Vaccination in Bombay 1874-1876 - 1874-1876
Year: 1874
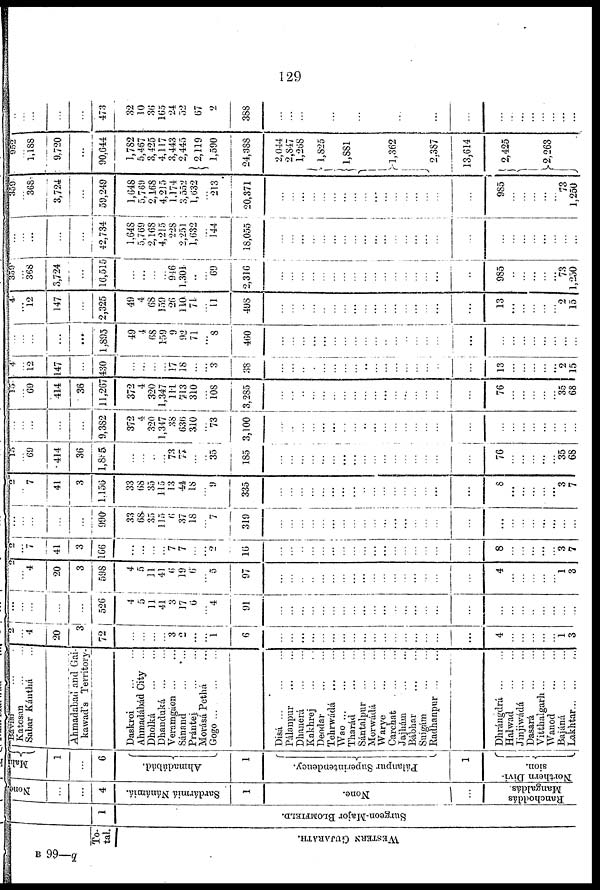
129
To-
tal.
WESTERN GUJARATH.
1
Surgeon-Major BLOMFIELD.
None
...
...
4
Sardármiá Nánámiá.
1
None.
...
Ranchoddás
Mangaldás.
Malu
1
...
6
Ahmadabád.
1
Pálanpur Superintendency.
1
Northern Divi-
sion.
Bávisr
...
...
Katosan ... ...
Sabar Kánthá
Ahmadabad and Gai-
kawad's Territory-
Daskroi ... ...
Ahmadábád City ...
Dholká
...
...
Dhanduká
...
...
Veramgáon ... ...
Sánand
...
...
Prántej
...
...
Morásá Pethá ...
Gogo
...
...
...
Disá
...
...
...
Pálanpur
...
...
Dhanerá
...
...
Kakhrej
...
...
Deodar
...
...
Tehrwádá
...
...
Wao
...
...
...
Tharád
...
...
Sántalpur
...
...
Morwádá ... ...
Warye ... ...
Carchat ... ...
Jajhám ... ...
Bábhar
...
...
Suigám
...
...
Radhanpur
...
...
Dhrángdrá
...
...
Halwad
...
...
Jinjiwádá ... ...
Dasará
...
...
Vitthalgarh ... ...
Wanod
...
...
Bajáná ... ...
Lakhtar ... ... ...
2
...
4
20
3
72
...
...
...
...
3
2
...
...
1
6
...
...
...
...
...
...
...
...
...
...
...
...
...
...
...
...
...
4
...
...
...
...
...
1
3
...
...
...
...
...
526
4
5
11
41
3
17
6
...
4
91
...
...
...
...
...
...
...
...
...
...
...
...
...
...
...
...
...
...
...
...
...
...
...
...
...
2
...
4
20
3
598
4
5
11
41
6
19
6
...
5
97
...
...
...
...
...
...
...
...
...
...
...
...
...
...
...
...
...
4
...
...
...
...
...
1
3
2
...
7
41
3
166
...
...
...
...
7
7
...
...
2
16
...
...
...
...
...
...
...
...
...
...
...
...
...
...
...
...
...
8
...
...
...
...
...
3
7
...
...
...
...
...
990
33
68
35
115
6
37
18
...
7
319
...
...
...
...
...
...
...
...
...
...
...
...
...
...
...
...
...
...
...
...
...
...
...
...
...
2
...
7
41
3
1,156
33
68
35
115
13
44
18
...
9
335
...
...
...
...
...
...
...
...
...
...
...
...
...
...
...
...
...
8
...
...
...
...
...
3
7
15
...
69
414
36
1,885
...
...
...
...
73
77
...
...
35
185
...
...
...
...
...
...
...
...
...
...
...
...
...
...
...
...
...
76
...
...
...
...
...
35
68
...
...
...
...
...
9,382
372
4
320
1,347
38
636
310
...
73
3,100
...
...
...
...
...
...
...
...
...
...
...
...
...
...
...
...
...
...
...
...
...
...
...
...
...
15
...
69
414
36
11,267
372
4
320
1,347
111
713
310
...
108
3,285
...
...
...
...
...
...
...
...
...
...
...
...
...
...
...
...
...
76
...
...
...
...
...
35
68
4
...
12
147
...
430
...
...
...
...
17
18
...
...
3
38
...
...
...
...
...
...
...
...
..
...
...
...
...
...
...
...
...
13
...
...
...
...
...
2
15
...
...
...
...
...
1,895
49
4
68
159
9
92
71
...
8
460
...
...
...
...
...
...
...
...
...
...
..
...
...
...
...
...
...
...
...
...
...
...
...
...
...
4
...
12
147
...
2,325
49
4
68
159
26
110
71
...
11
498
...
...
...
...
...
...
...
...
...
...
...
...
...
...
...
...
...
13
...
...
...
...
...
2
15
359
...
368
3,724
...
16,515
...
...
...
...
946
1,301
..
...
69
2,316
...
...
...
...
...
...
...
...
...
...
...
...
...
...
...
...
...
985
...
...
...
...
...
73
1,250
...
...
...
...
...
42,734
1,648
5,769
2,168
4,215
228
2,251
1,632
...
144
18,055
...
...
...
...
...
...
...
...
...
...
...
...
...
...
...
...
...
...
...
...
...
...
...
...
...
359
...
368
3,724
...
59,249
1,648
5,769
2,168
4,215
1,174
3,552
1,632
...
213
20,371
...
...
...
...
...
...
...
...
...
...
...
...
...
...
...
...
...
985
...
...
...
...
...
73
1,250
952
...
1,188
9,720
...
90,644
1,782
5,467
3,425
4,117
3,443
2,445
2,119
1,590
24,388
2,044
2,847
1,268
1,825
1,881
1,362
2,387
13,614
2,425
2,263
...
...
...
...
473
32
10
36
165
24
52
67
2
388
...
...
...
...
...
...
...
...
...
...
...
...
...
...
...
...
...
B 99—q